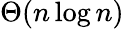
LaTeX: \Theta(n\log n)